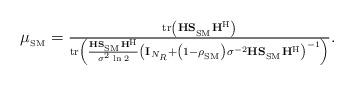
LaTeX: \begin{align*}\textstyle \mu_{_{\rm SM}} = \frac{\mathrm{tr}\left(\mathbf{H}\mathbf{S_{_\mathrm{SM}}}\mathbf{H}^{\rm H}\right)}{\mathrm{tr}\left(\frac{\mathbf{H}\mathbf{S_{_\mathrm{SM}}}\mathbf{H}^{\rm H}}{\sigma^2\,\ln2} \left(\mathbf{I}_{N_R}+\left(1-\rho_{_{\rm SM}}\right)\sigma^{-2}\mathbf{H}\mathbf{S_{_\mathrm{SM}}}\mathbf{H}^{\rm H}\right)^{-1}\right)}.\end{align*}